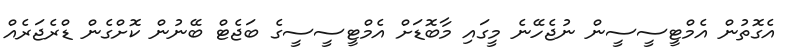
އެގޮތުން އެމްޓީސީސީން ނުޖެހޭނެ މީގައި މާބޮޑަށް އެމްޓީސީސީގެ ބަޖެޓް ބޭނުން ކޮށްގެން ޑްރެޖަރެއް